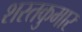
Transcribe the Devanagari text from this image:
शरतकुमार